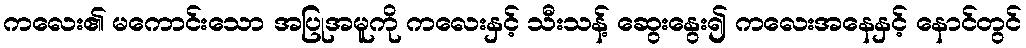
ကလေး၏ မကောင်းသော အပြုအမူကို ကလေးနှင့် သီးသန့် ဆွေးနွေး၍ ကလေးအနေနှင့် နောင်တွင်